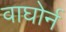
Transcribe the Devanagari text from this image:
वाघोर्न